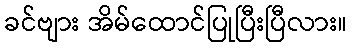
ခင်ဗျား အိမ်ထောင်ပြုပြီးပြီလား။